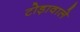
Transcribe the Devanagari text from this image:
टोड़ावाले